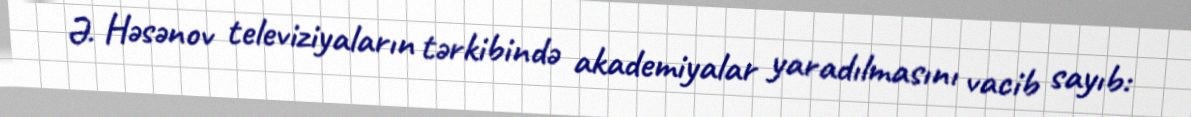
Ə. Həsənov televiziyaların tərkibində akademiyalar yaradılmasını vacib sayıb: